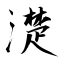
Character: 濋